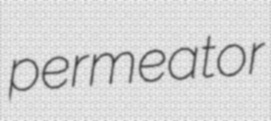
permeator